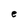
Character: e